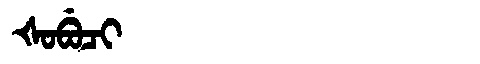
Manchu: ᡧᠣᠪᡠᠴᡳ
Romanization: ŠOBUCI